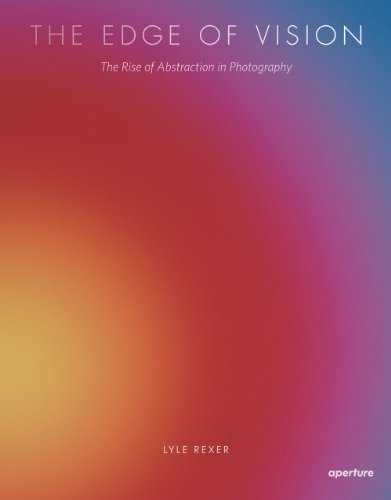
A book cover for The Edge of Vision: The Rise of Abstraction in Photography; Lyle Rexer; Arts & Photography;